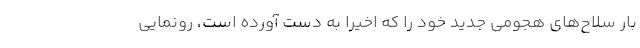
بار سلاح‌های هجومی جدید خود را که اخیراً به دست آورده است، رونمایی